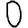
Digit: 0